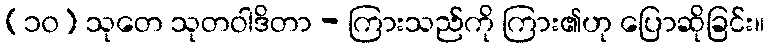
(၁၀) သုတေ သုတဝါဒိတာ - ကြားသည်ကို ကြား၏ဟု ပြောဆိုခြင်း။